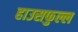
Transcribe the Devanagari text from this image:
हाउसफुल्ल